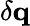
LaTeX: \delta\mathbf{q}